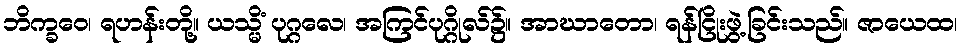
ဘိက္ခဝေ၊ ရဟန်းတို့။ ယသ္မိံ ပုဂ္ဂလေ၊ အကြင်ပုဂ္ဂိုလ်၌။ အာဃာတော၊ ရန်ငြိုးဖွဲ့ခြင်းသည်။ ဇာယေထ၊